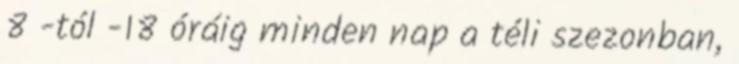
8 -tól -18 óráig minden nap a téli szezonban,